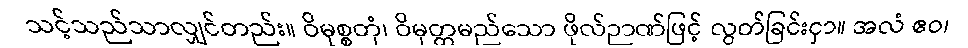
သင့်သည်သာလျှင်တည်း။ ဝိမုစ္စတုံ၊ ဝိမုတ္တမည်သော ဖိုလ်ဉာဏ်ဖြင့် လွတ်ခြင်းငှာ။ အလံ ဧဝ၊